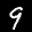
Label: 9